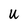
Character: U